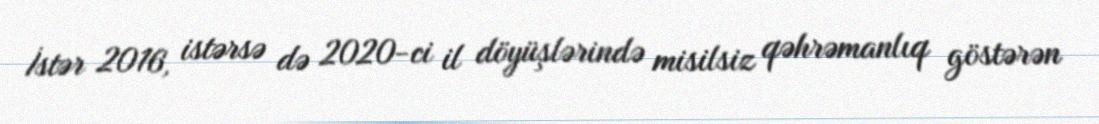
İstər 2016, istərsə də 2020-ci il döyüşlərində misilsiz qəhrəmanlıq göstərən